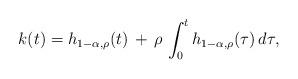
LaTeX: \begin{align*}k(t) = h_{1-\alpha,\rho}(t) \, +\, \rho\, \int_0^t h_{1-\alpha,\rho}(\tau)\, d\tau,\end{align*}